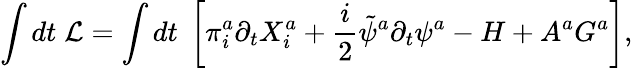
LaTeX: \int dt\; {\cal L}=\int dt\; \left[\pi_{i}^{a}\partial_{t}X_{i}^{a}+\frac{i}{2}\tilde{\psi}^{a}\partial_{t}\psi^{a}-H+A^{a}G^{a}\right],